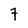
Character: 7